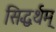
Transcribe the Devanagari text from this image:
सिद्धर्थम्